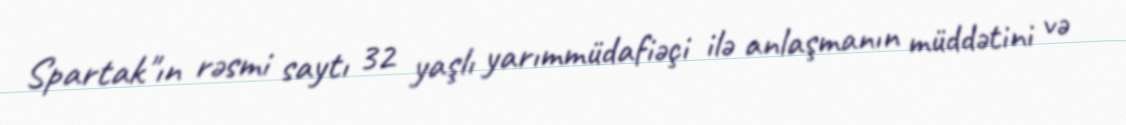
Spartak"ın rəsmi saytı 32 yaşlı yarımmüdafiəçi ilə anlaşmanın müddətini və